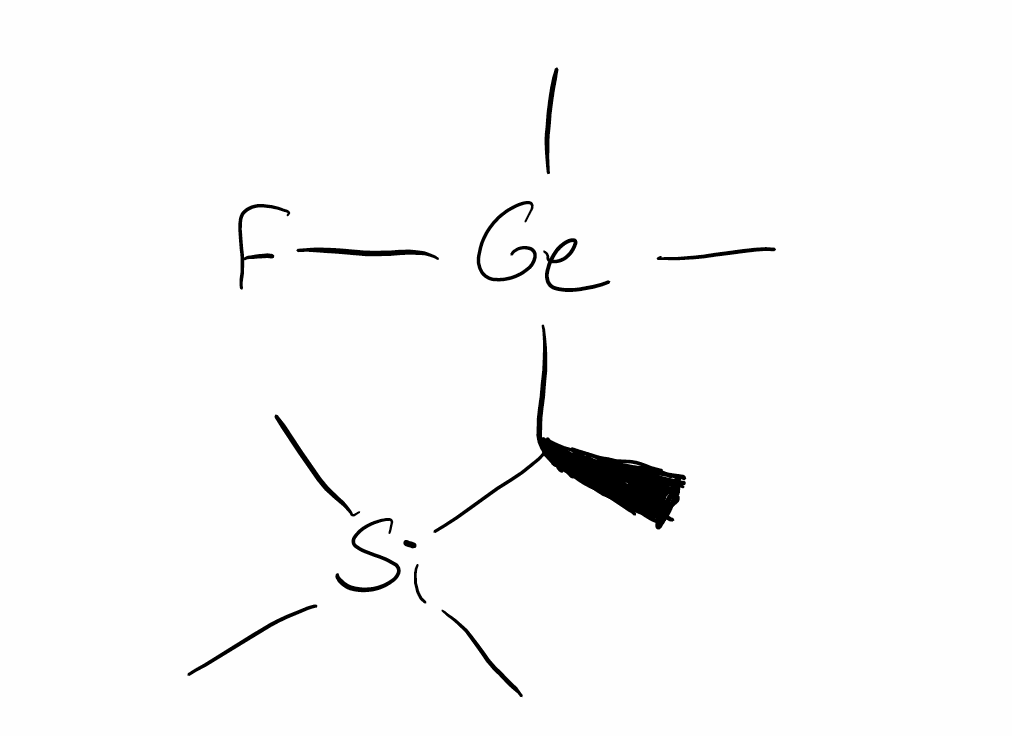
Simplified molecular-input line-entry system (SMILES) notation of the given molecule:
C[C@@H]([Si](C)(C)C)[Ge](C)(C)F